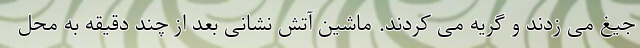
جیغ می زدند و گریه می کردند. ماشین آتش نشانی بعد از چند دقیقه به محل